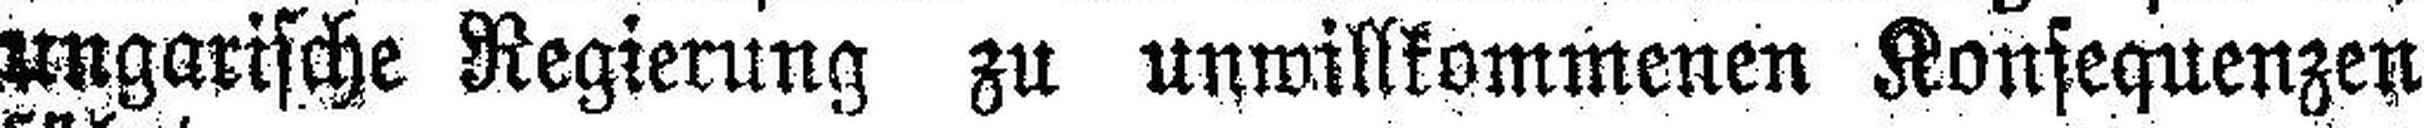
ungarische Regierung zu unwillkommenen Konsequenzen